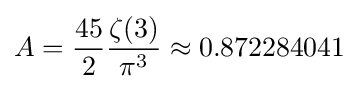
A={\frac {45}{2}}{\frac {\zeta (3)}{\pi ^{3}}}\approx 0.872284041